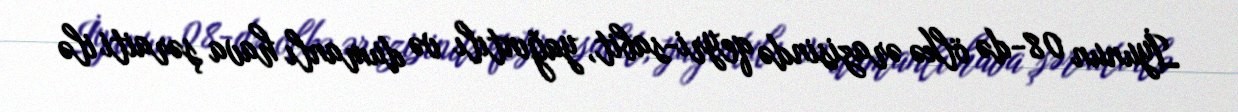
İyunun 08-də ölkə ərazisində qeyri-sabit, yağıntılı və dumanlı hava şəraiti ilə